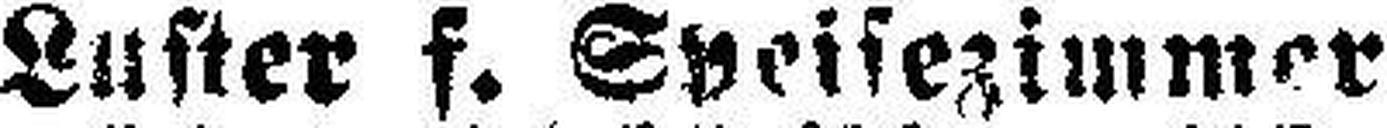
Luster f. Speisezimmer